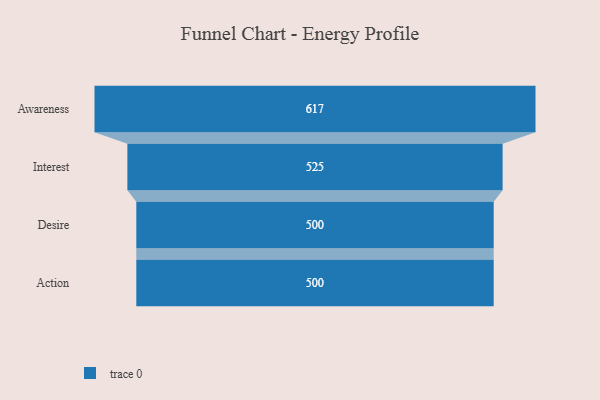
{"axis": {"x": "Stage", "y": "Value"}, "legend": [""], "data": [{"x": "Awareness", "y": 617.0, "type": ""}, {"x": "Interest", "y": 525.0, "type": ""}, {"x": "Desire", "y": 500, "type": ""}, {"x": "Action", "y": 500, "type": ""}]}